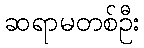
ဆရာမတစ်ဦး